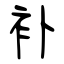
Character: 补